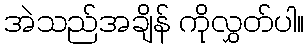
အဲသည်အချိန် ကိုလွှတ်ပါ။